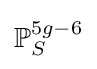
\mathbb {P} _{S}^{5g-6}